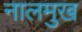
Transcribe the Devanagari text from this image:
नालमुख